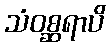
သံဝစ္ဆရာပိ